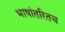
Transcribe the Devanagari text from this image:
भाषांतरितच